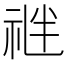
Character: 𥙪